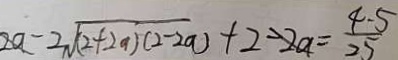
2 a - 2 \sqrt { ( 2 + 2 a ) ( 2 - 2 a ) } + 2 - 2 a = \frac { 4 - 5 } { 2 5 }